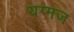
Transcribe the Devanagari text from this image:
यग्मज